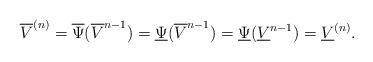
LaTeX: \begin{align*} \overline{V}^{(n)}=\overline{\Psi}(\overline{V}^{n-1})=\underline{\Psi}(\overline{V}^{n-1})=\underline{\Psi}(\underline{V}^{n-1})=\underline{V}^{(n)}. \end{align*}